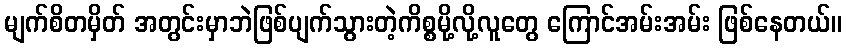
မျက်စိတမှိတ် အတွင်းမှာဘဲဖြစ်ပျက်သွားတဲ့ကိစ္စမို့လို့လူတွေ ကြောင်အမ်းအမ်း ဖြစ်နေတယ်။